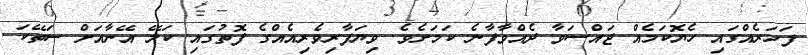
ފަހަރެއްގައި ހެޔޮކަމެއް ޖައްސަވާ ދެއްވާފާނެ ކަމަށެވެ. ވިޔަފާރިވެރިއެއްގެ ފޮތުގައި ކަލޭ އޭނާއަށް ސަތޭކަ